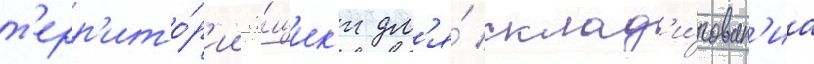
т'ерр'ито́р'ии я́щик'и дл'я́ склад'и́рован'иа